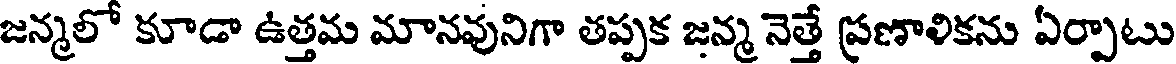
జన్మలో కూడా ఉత్తమ మానవునిగా తప్పక జన్మ నెత్తే ప్రణాలికను ఏర్పాటు